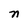
Character: n